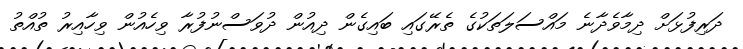
ދަރިފުޅަށް ދިމާވެދާނެ މައްސަލަތަކުގެ ތެރޭގައި ބައިގެން ދިއުން ދުވަސްނުފުރާ ވިހެއުން ވިހާއިރު ތުއްތު